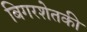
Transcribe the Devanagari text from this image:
बिगरशेतकी